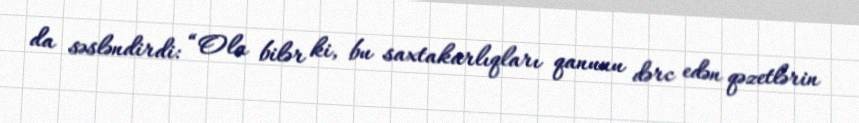
da səsləndirdi: “Ola bilər ki, bu saxtakarlıqları qanunu dərc edən qəzetlərin